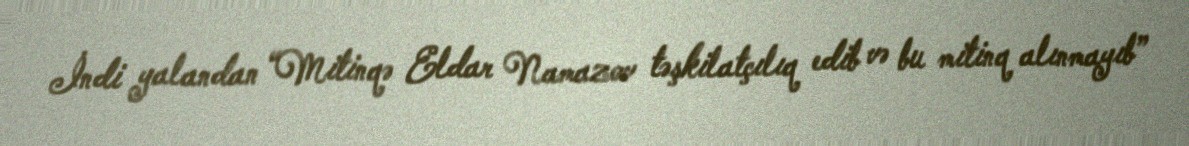
İndi yalandan “Mitinqə Eldar Namazov təşkilatçılıq edib və bu mitinq alınmayıb”